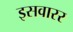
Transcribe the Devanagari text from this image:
इसवारर